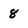
Character: 8